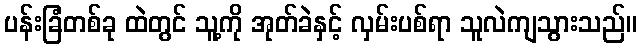
ပန်းခြံတစ်ခု ထဲတွင် သူ့ကို အုတ်ခဲနှင့် လှမ်းပစ်ရာ သူလဲကျသွားသည်။